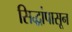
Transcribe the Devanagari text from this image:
सिद्धांपासून